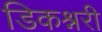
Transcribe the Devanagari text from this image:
डिकश्नरी